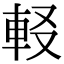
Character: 𨊿